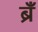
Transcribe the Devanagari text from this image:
ब्रँ